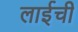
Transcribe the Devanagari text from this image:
लाईची